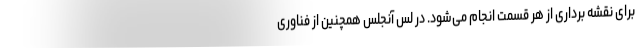
برای نقشه برداری از هر قسمت انجام می‌شود. در لس آنجلس همچنین از فناوری